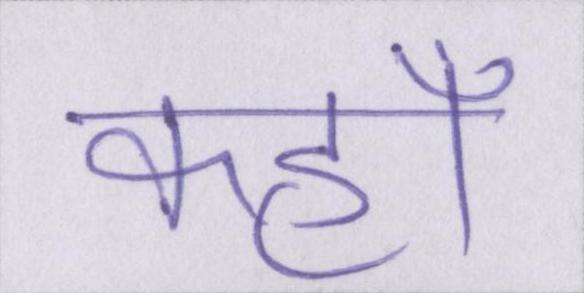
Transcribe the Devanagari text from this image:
कहॉं